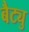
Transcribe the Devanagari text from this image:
बैट्यु